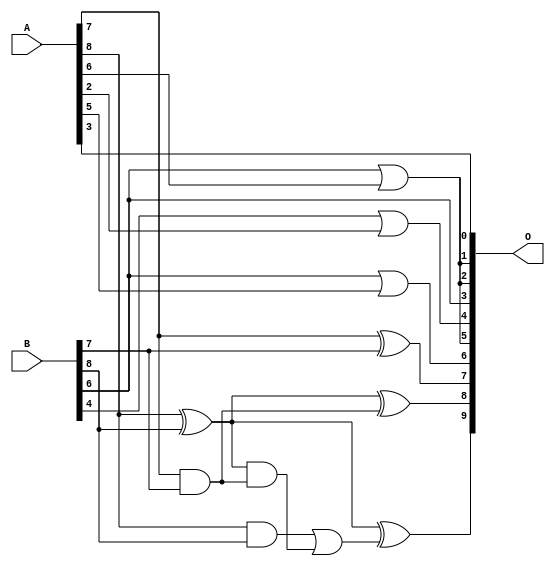
// This program was cloned from: https://github.com/ehw-fit/evoapproxlib
// License: MIT License

/***
* This code is a part of EvoApproxLib library (ehw.fit.vutbr.cz/approxlib) distributed under The MIT License.
* When used, please cite the following article(s): V. Mrazek, L. Sekanina, Z. Vasicek "Libraries of Approximate Circuits: Automated Design and Application in CNN Accelerators" IEEE Journal on Emerging and Selected Topics in Circuits and Systems, Vol 10, No 4, 2020 
* This file contains a circuit from a sub-set of pareto optimal circuits with respect to the pwr and mse parameters
***/
// MAE% = 7.83 %
// MAE = 40 
// WCE% = 24.80 %
// WCE = 127 
// WCRE% = 9100.00 %
// EP% = 99.24 %
// MRE% = 74.66 %
// MSE = 2406 
// PDK45_PWR = 0.0067 mW
// PDK45_AREA = 25.3 um2
// PDK45_DELAY = 0.17 ns

module add9se_0AL (
    A,
    B,
    O
);

input [8:0] A;
input [8:0] B;
output [9:0] O;

wire sig_21,sig_25,sig_32,sig_33,sig_34,sig_35,sig_36,sig_46,sig_59,sig_73,sig_75,sig_76;

assign sig_21 = B[6] | A[6];
assign sig_25 = B[4] | A[2];
assign sig_32 = A[7] & B[7];
assign sig_33 = A[7] ^ B[7];
assign sig_34 = A[8] & B[8];
assign sig_35 = A[8] ^ B[8];
assign sig_36 = A[8] ^ B[8];
assign sig_46 = sig_35 & sig_32;
assign sig_59 = sig_34 | sig_46;
assign sig_73 = B[6] | A[5];
assign sig_75 = sig_35 ^ sig_32;
assign sig_76 = sig_36 ^ sig_59;

assign O[9] = sig_76;
assign O[8] = sig_75;
assign O[7] = sig_33;
assign O[6] = sig_73;
assign O[5] = sig_21;
assign O[4] = sig_25;
assign O[3] = B[6];
assign O[2] = sig_21;
assign O[1] = sig_21;
assign O[0] = A[3];

endmodule